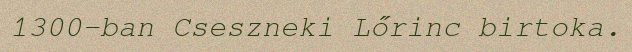
1300-ban Cseszneki Lőrinc birtoka.